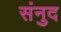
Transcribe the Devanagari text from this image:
संनुद